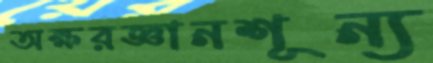
অক্ষরজ্ঞানশূন্য